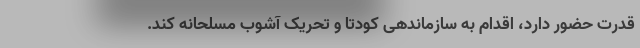
قدرت حضور دارد، اقدام به سازماندهی کودتا و تحریک آشوب مسلحانه کند.